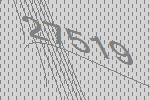
27519